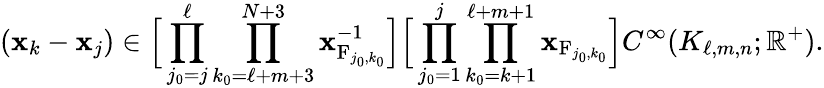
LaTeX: (\mathbf{x}_{k}-\mathbf{x}_{j})\in\Big[\prod_{j_{0}=j}^{\ell}\prod_{k_{0}=\ell+m+3}^{N+3}\mathbf{x}_{\mathrm{{F}}_{j_{0},k_{0}}}^{-1}\Big]\Big[\prod_{j_{0}=1}^{j}\prod_{k_{0}=k+1}^{\ell+m+1}\mathbf{x}_{\mathrm{{F}}_{j_{0},k_{0}}}\Big]C^{\infty}(K_{\ell,m,n};\mathbb{{R}}^{+}).